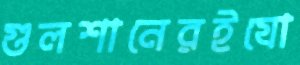
গুলশানেরইযো